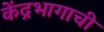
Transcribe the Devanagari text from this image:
केंद्रभागाची